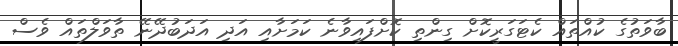
ބާވަތުގެ ކުއްތައް ކެޓަގަރީކޮށް ގިންތި ކޮށްފައިވާނެ ކަމަށާއި އަދި އަދަބުދޭނޭ ތާވަލްތައް ވެސް